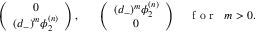
\left( \begin{array} { c } { { 0 } } \\ { { ( d _ { - } ) ^ { m } \phi _ { 2 } ^ { ( n ) } } } \end{array} \right) , \; \; \; \; \; \; \left( \begin{array} { c } { { ( d _ { - } ) ^ { m } \phi _ { 2 } ^ { ( n ) } } } \\ { { 0 } } \end{array} \right) \; \; \; \; \makebox { f o r } \; \; m > 0 .